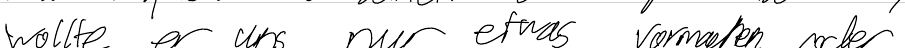
wollte er und nur etwas vormachen oder